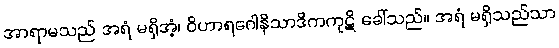
အာရာမသည် အရံ မရှိအံ့၊ ဝိဟာရဂေါနိသာဒိကကုဋိ ခေါ်သည်။ အရံ မရှိသည်သာ